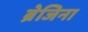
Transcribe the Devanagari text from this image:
ब्रेजिना